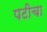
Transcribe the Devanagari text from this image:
पटीचा